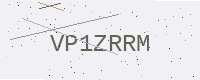
Text: VP1ZRRM